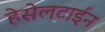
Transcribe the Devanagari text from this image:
हेसेलटाईन